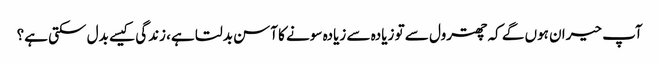
آپ حیران ہوں گے کہ چھترول سے تو زیادہ سے زیادہ سونے کا آسن بدلتا ہے، زندگی کیسے بدل سکتی ہے؟